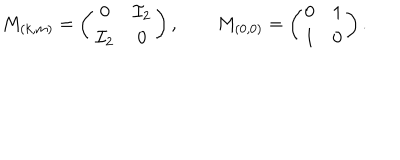
M _ { ( k , m ) } = \left( \begin{array} { c c } { { 0 } } & { { { \cal I } _ { 2 } } } \\ { { { \cal I } _ { 2 } } } & { { 0 } } \\ \end{array} \right) , \qquad M _ { ( 0 , 0 ) } = \left( \begin{array} { c c } { { 0 } } & { { 1 } } \\ { { 1 } } & { { 0 } } \\ \end{array} \right) .